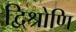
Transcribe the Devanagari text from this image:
द्विश्रोणि